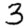
Digit: 3